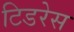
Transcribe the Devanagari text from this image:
टिडरेस